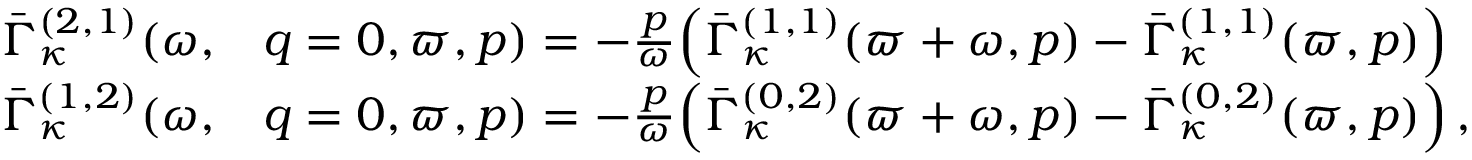
\begin{array} { r l } { \bar { \Gamma } _ { \kappa } ^ { ( 2 , 1 ) } ( \omega , } & { { } q = 0 , \varpi , p ) = - \frac { p } { \omega } \Big ( \bar { \Gamma } _ { \kappa } ^ { ( 1 , 1 ) } ( \varpi + \omega , p ) - \bar { \Gamma } _ { \kappa } ^ { ( 1 , 1 ) } ( \varpi , p ) \Big ) } \\ { \bar { \Gamma } _ { \kappa } ^ { ( 1 , 2 ) } ( \omega , } & { { } q = 0 , \varpi , p ) = - \frac { p } { \omega } \Big ( \bar { \Gamma } _ { \kappa } ^ { ( 0 , 2 ) } ( \varpi + \omega , p ) - \bar { \Gamma } _ { \kappa } ^ { ( 0 , 2 ) } ( \varpi , p ) \Big ) \, , } \end{array}